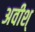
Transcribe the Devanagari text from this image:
अवीश्